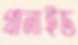
গ্রানাইড